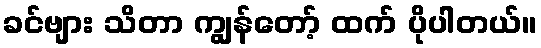
ခင်ဗျား သိတာ ကျွန်တော့် ထက် ပိုပါတယ်။